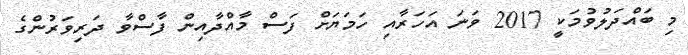
މި ބައްދަލުވުމަކީ 2017 ވަނަ އަހަރާއި ހަމަޔަށް ފަސް މާއްދާއިން ފާސްވާ ދަރިވަރުންގެ